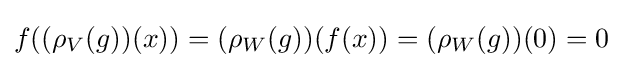
f((\rho _{V}(g))(x))=(\rho _{W}(g))(f(x))=(\rho _{W}(g))(0)=0